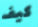
كيف